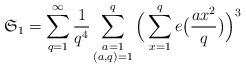
LaTeX: \begin{align*}\mathfrak{S}_1=\sum_{q=1}^\infty\frac{1}{q^4}\sum_{\substack{a=1\\ (a,q)=1}}^q\Big(\sum_{x=1}^qe\big(\frac{ax^2}{q}\big)\Big)^3\end{align*}